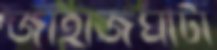
জাহাজঘাটা